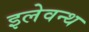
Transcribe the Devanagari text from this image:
इलेवन्थ